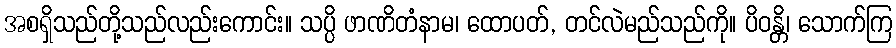
အစရှိသည်တို့သည်လည်းကောင်း။ သပ္ပိ ဖာဏိတံနာမ၊ ထောပတ်, တင်လဲမည်သည်ကို။ ပိဝန္တိ၊ သောက်ကြ